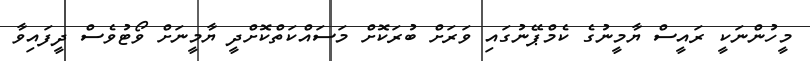
މީހުންނަކީ ރައީސް ޔާމީނުގެ ކެމްޕޭނުގައި ވަރަށް ބުރަކޮށް މަސައްކަތްކޮށްދީ ޔާމީނަށް ވޯޓުވެސް ދީފައިވާ